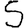
Digit: 5